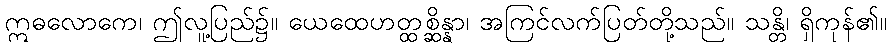
ဣဓလောကေ၊ ဤလူ့ပြည်၌။ ယေထေဟတ္ထစ္ဆိန္နာ၊ အကြင်လက်ပြတ်တို့သည်။ သန္တိ၊ ရှိကုန်၏။